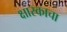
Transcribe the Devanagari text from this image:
क्षारकाचा